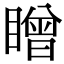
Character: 䁬